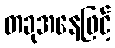
တခုအနေဖြင့်